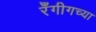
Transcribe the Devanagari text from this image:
रँगीगच्या